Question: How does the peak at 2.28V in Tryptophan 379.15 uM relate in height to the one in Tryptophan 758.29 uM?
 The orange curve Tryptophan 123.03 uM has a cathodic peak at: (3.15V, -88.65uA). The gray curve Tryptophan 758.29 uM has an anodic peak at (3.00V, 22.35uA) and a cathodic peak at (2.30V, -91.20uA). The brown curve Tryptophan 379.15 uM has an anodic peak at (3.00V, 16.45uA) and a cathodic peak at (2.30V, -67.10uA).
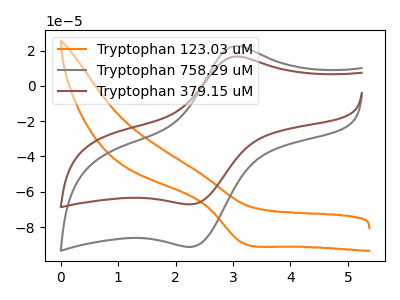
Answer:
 <answer>The peak at 2.28V is lower in "Tryptophan 379.15 uM" than in "Tryptophan 758.29 uM".</answer>
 <eval>lower</eval>